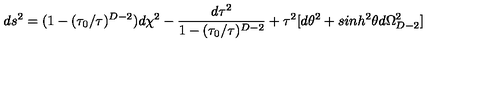
d s ^ { 2 } = ( 1 - ( \tau _ { 0 } / \tau ) ^ { D - 2 } ) d \chi ^ { 2 } - \frac { d \tau ^ { 2 } } { 1 - ( \tau _ { 0 } / \tau ) ^ { D - 2 } } + \tau ^ { 2 } [ d \theta ^ { 2 } + s i n h ^ { 2 } \theta d \Omega _ { D - 2 } ^ { 2 } ]